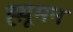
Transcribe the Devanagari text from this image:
ह्य़ूमन